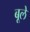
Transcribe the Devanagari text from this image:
बूले